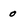
Character: 0